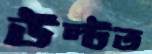
উল্‌টত